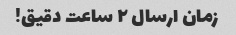
زمان ارسال ۲ ساعت دقیق!